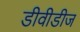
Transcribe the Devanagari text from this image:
डीवीडीज